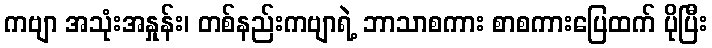
ကဗျာ အသုံးအနှုန်း၊ တစ်နည်းကဗျာရဲ့ ဘာသာစကား စာစကားပြေထက် ပိုပြီး